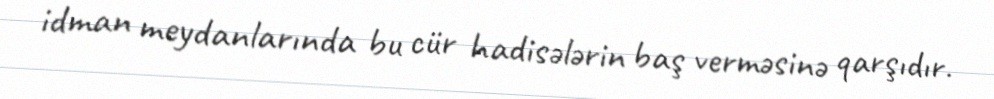
idman meydanlarında bu cür hadisələrin baş verməsinə qarşıdır.